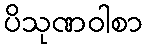
ပိသုဏဝါစာ